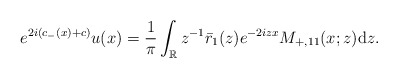
\begin{align*}e^{2i(c_-(x)+c)} u(x)=\frac{1}{\pi} \int_{\mathbb{R}} z^{-1}\bar{r}_1(z) e^{-2 i z x} M_{+,11}(x ;z) \mathrm{d}z.\end{align*}